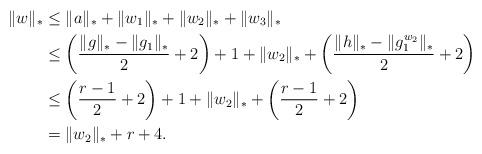
LaTeX: \begin{align*}\|w\|_* &\le \|a\|_* + \|w_1\|_* + \|w_2\|_* + \|w_3\|_*\\&\le\left(\frac{\|g\|_*- \|g_1\|_*}2+2\right) + 1 + \|w_2\|_* +\left(\frac{\|h\|_*- \|g_1^{w_2}\|_*}2+2\right)\\&\le\left(\frac{r- 1}2+2\right) + 1 + \|w_2\|_* +\left(\frac{r- 1}2+2\right)\\&= \|w_2\|_* + r+4.\end{align*}